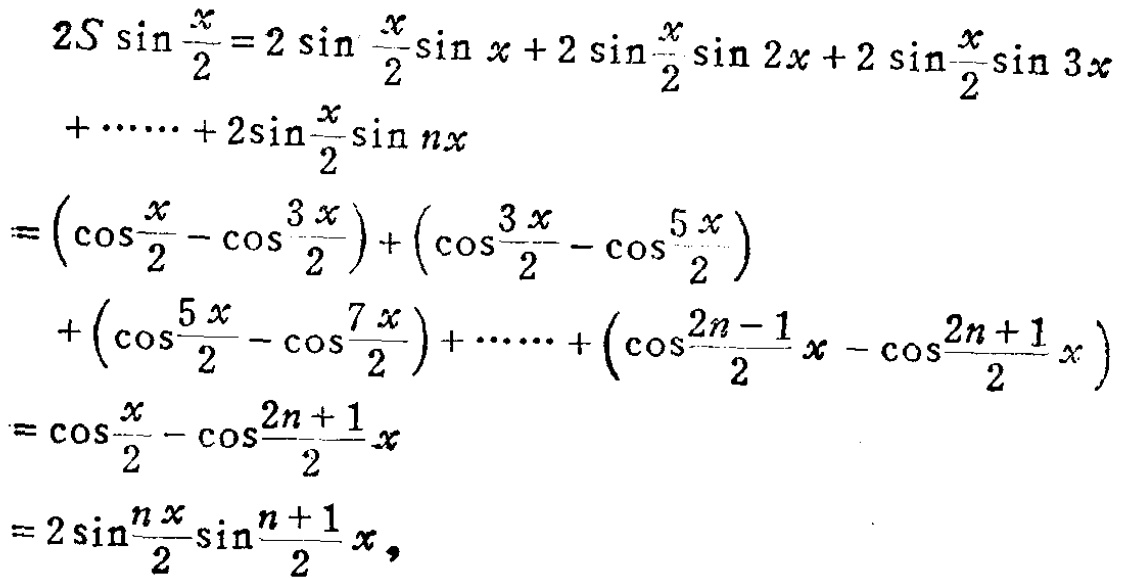
\[

\begin{align*}

2S\sin\frac{x}{2}&=2\sin\frac{x}{2}\sin x + 2\sin\frac{x}{2}\sin 2x+2\sin\frac{x}{2}\sin 3x\\

&+\cdots\cdots + 2\sin\frac{x}{2}\sin nx\\

&=\left(\cos\frac{x}{2}-\cos\frac{3x}{2}\right)+\left(\cos\frac{3x}{2}-\cos\frac{5x}{2}\right)\\

&+\left(\cos\frac{5x}{2}-\cos\frac{7x}{2}\right)+\cdots\cdots+\left(\cos\frac{2n - 1}{2}x-\cos\frac{2n + 1}{2}x\right)\\

&=\cos\frac{x}{2}-\cos\frac{2n + 1}{2}x\\

&=2\sin\frac{nx}{2}\sin\frac{n + 1}{2}x,

\end{align*}

\]